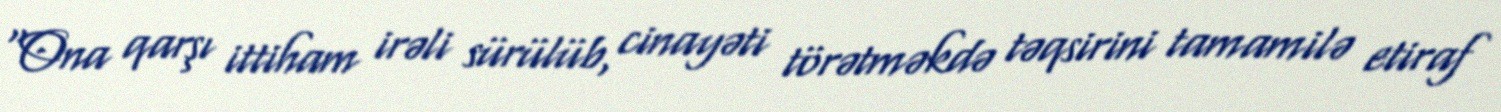
“Ona qarşı ittiham irəli sürülüb, cinayəti törətməkdə təqsirini tamamilə etiraf